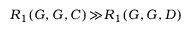
R _ { 1 } ( G , G , C ) \! \gg \! R _ { 1 } ( G , G , D )